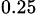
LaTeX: _{0.25}